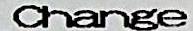
CHANGE